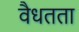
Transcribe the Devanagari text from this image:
वैधतता